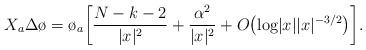
LaTeX: \begin{align*} X_a \Delta \o=\o_a \biggl[\frac{N-k-2}{|x|^2}+\frac{\alpha^2}{|x|^2}+ O\bigl(\textrm{log}|x| |x|^{-3/2}\bigl)\biggl]. \end{align*}